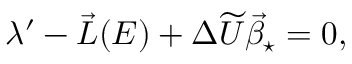
\begin{array} { r } { \lambda ^ { \prime } - \vec { L } ( E ) + \Delta \widetilde U \vec { \beta } _ { \star } = 0 , } \end{array}